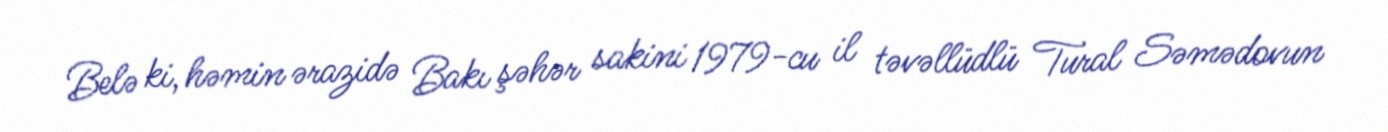
Belə ki, həmin ərazidə Bakı şəhər sakini 1979-cu il təvəllüdlü Tural Səmədovun